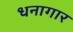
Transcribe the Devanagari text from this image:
धनागार